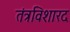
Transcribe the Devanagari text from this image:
तंत्रविशारद